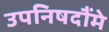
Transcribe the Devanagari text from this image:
उपनिषदौंमे